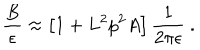
{ \frac { B } { \epsilon } } \approx \left[ 1 + L ^ { 2 } p ^ { 2 } A \right] { \frac { 1 } { 2 \pi \epsilon } } ~ .